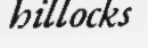
hillocks